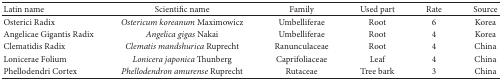
| Latin name | Scientific name | Family | Used part | Rate | Source |
 | --- | --- | --- | --- | --- | --- |
 | Osterici Radix | Ostericum koreanum Maximowicz | Umbelliferae | Root | 6 | Korea |
 | Angelicae Gigantis Radix | Angelica gigas Nakai | Umbelliferae | Root | 4 | Korea |
 | Clematidis Radix | Clematis mandshurica Ruprecht | Ranunculaceae | Root | 4 | China |
 | Lonicerae Folium | Lonicera japonica Thunberg | Caprifoliaceae | Leaf | 4 | China |
 | Phellodendri Cortex | Phellodendron amurense Ruprecht | Rutaceae | Tree bark | 3 | China |